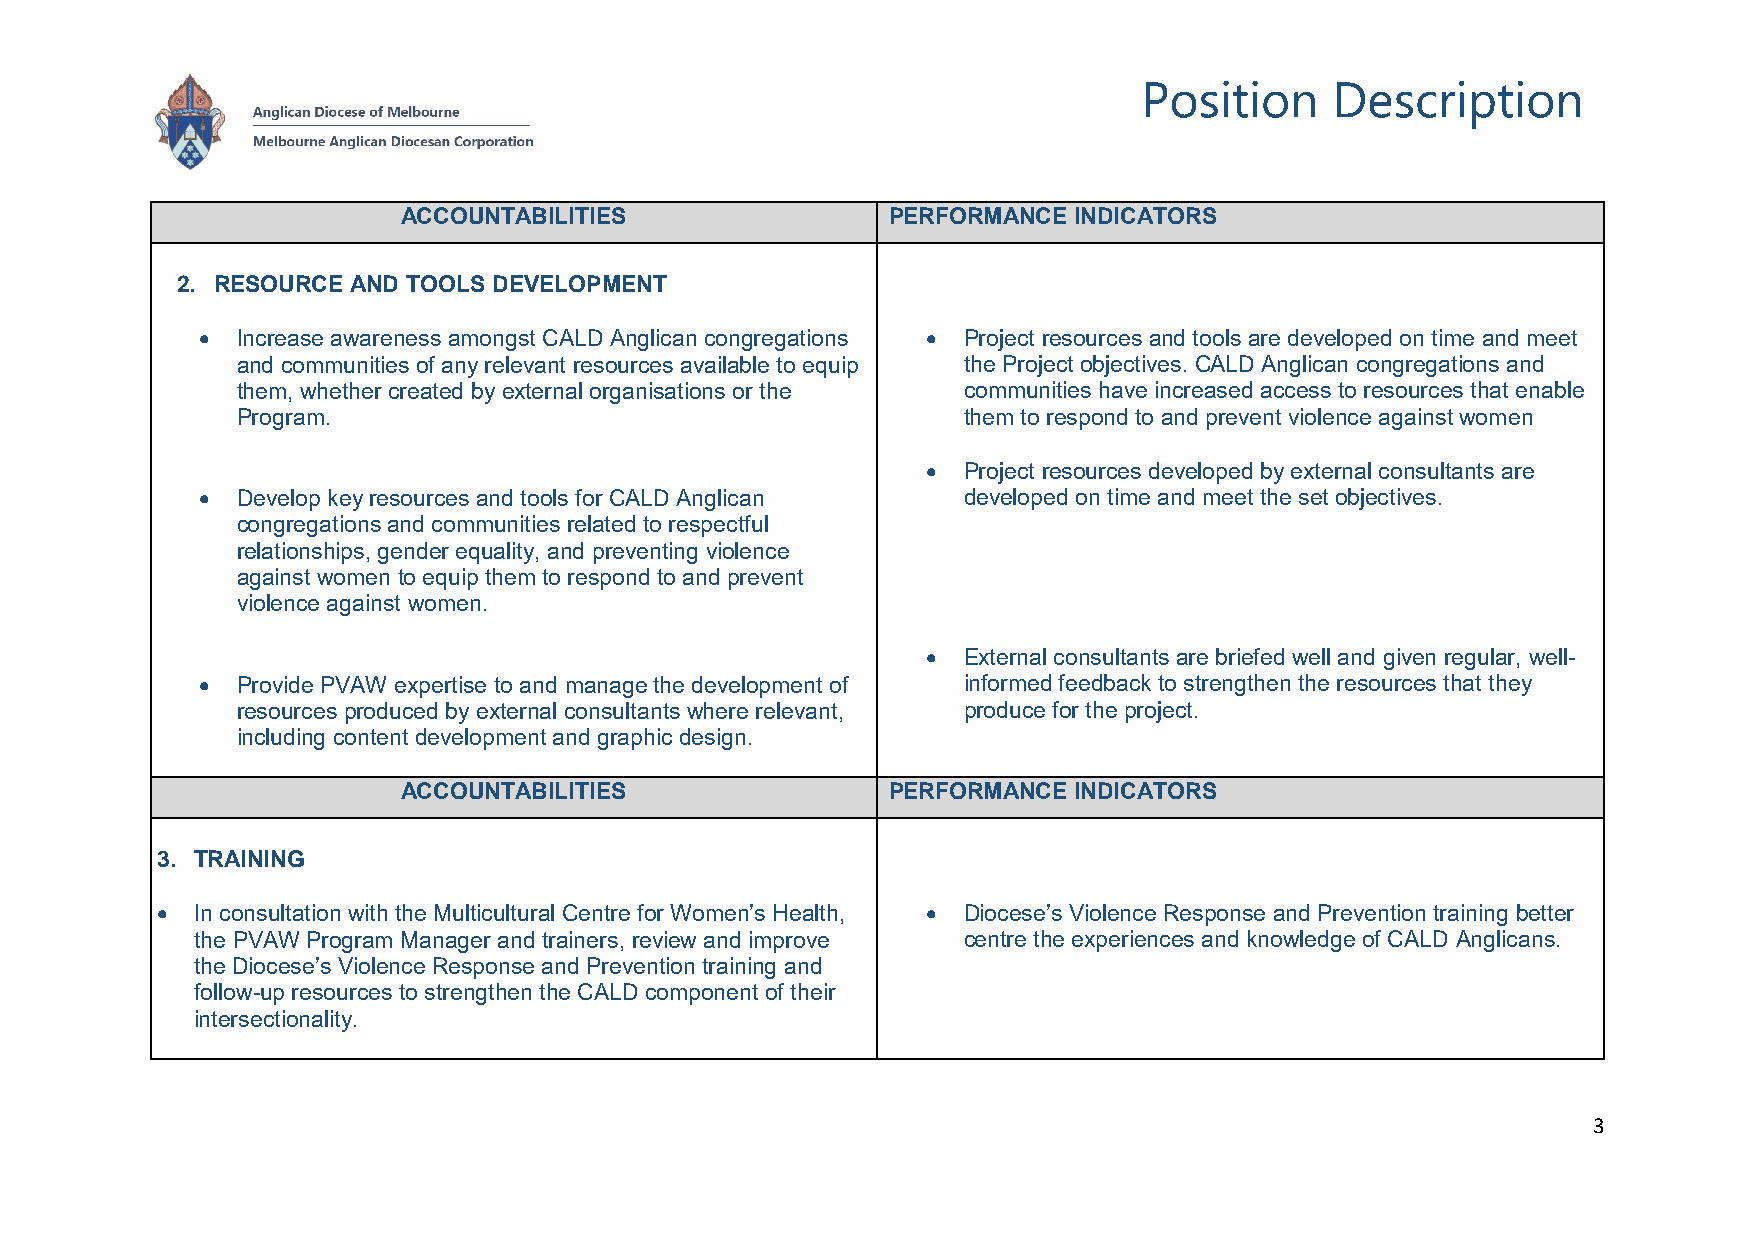
Position    Description
 ACCOUNTABILITIES                PERFORMANCE INDICATORS
 2. RESOURCE AND TOOLS DEVELOPMENT
 •  Increase awareness amongst CALD Anglican congregations • Project resources and tools are developed on time and meet
 and communities of any relevant resources available to equip the Project objectives. CALD Anglican congregations and
 them, whether created by external organisations or the communities have increased access to resources that enable
 Program.                                        them to respond to and prevent violence against women
 •  Project resources developed by external consultants are
 •  Develop key resources and tools for CALD Anglican developed on time and meet the set objectives.
 congregations and communities related to respectful
 relationships, gender equality, and preventing violence
 against women to equip them to respond to and prevent
 violence against women.
 •  External consultants are briefed well and given regular, well-
 •  Provide PVAW expertise to and manage the development of informed feedback to strengthen the resources that they
 resources produced by external consultants where relevant, produce for the project.
 including content development and graphic design.
 ACCOUNTABILITIES                PERFORMANCE INDICATORS
 3. TRAINING
 •  In consultation with the Multicultural Centre for Women’s Health, • Diocese’s Violence Response and Prevention training better
 the PVAW Program Manager and trainers, review and improve centre the experiences and knowledge of CALD Anglicans.
 the Diocese’s Violence Response and Prevention training and
 follow-up resources to strengthen the CALD component of their
 intersectionality.
 3